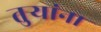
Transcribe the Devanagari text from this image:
तुऱ्यांना